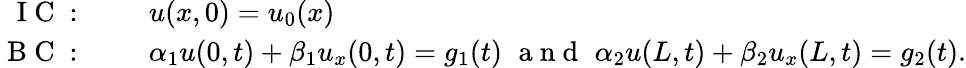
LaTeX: \begin{array}{rl}{\mathrm{~I~C~:~}}&{{}\quad u(x,0)=u_{0}(x)}\\ {\mathrm{~B~C~:~}}&{{}\quad\alpha_{1}u(0,t)+\beta_{1}u_{x}(0,t)=g_{1}(t)\, \, \mathrm{~a~n~d~}\, \, \alpha_{2}u(L,t)+\beta_{2}u_{x}(L,t)=g_{2}(t).}\end{array}